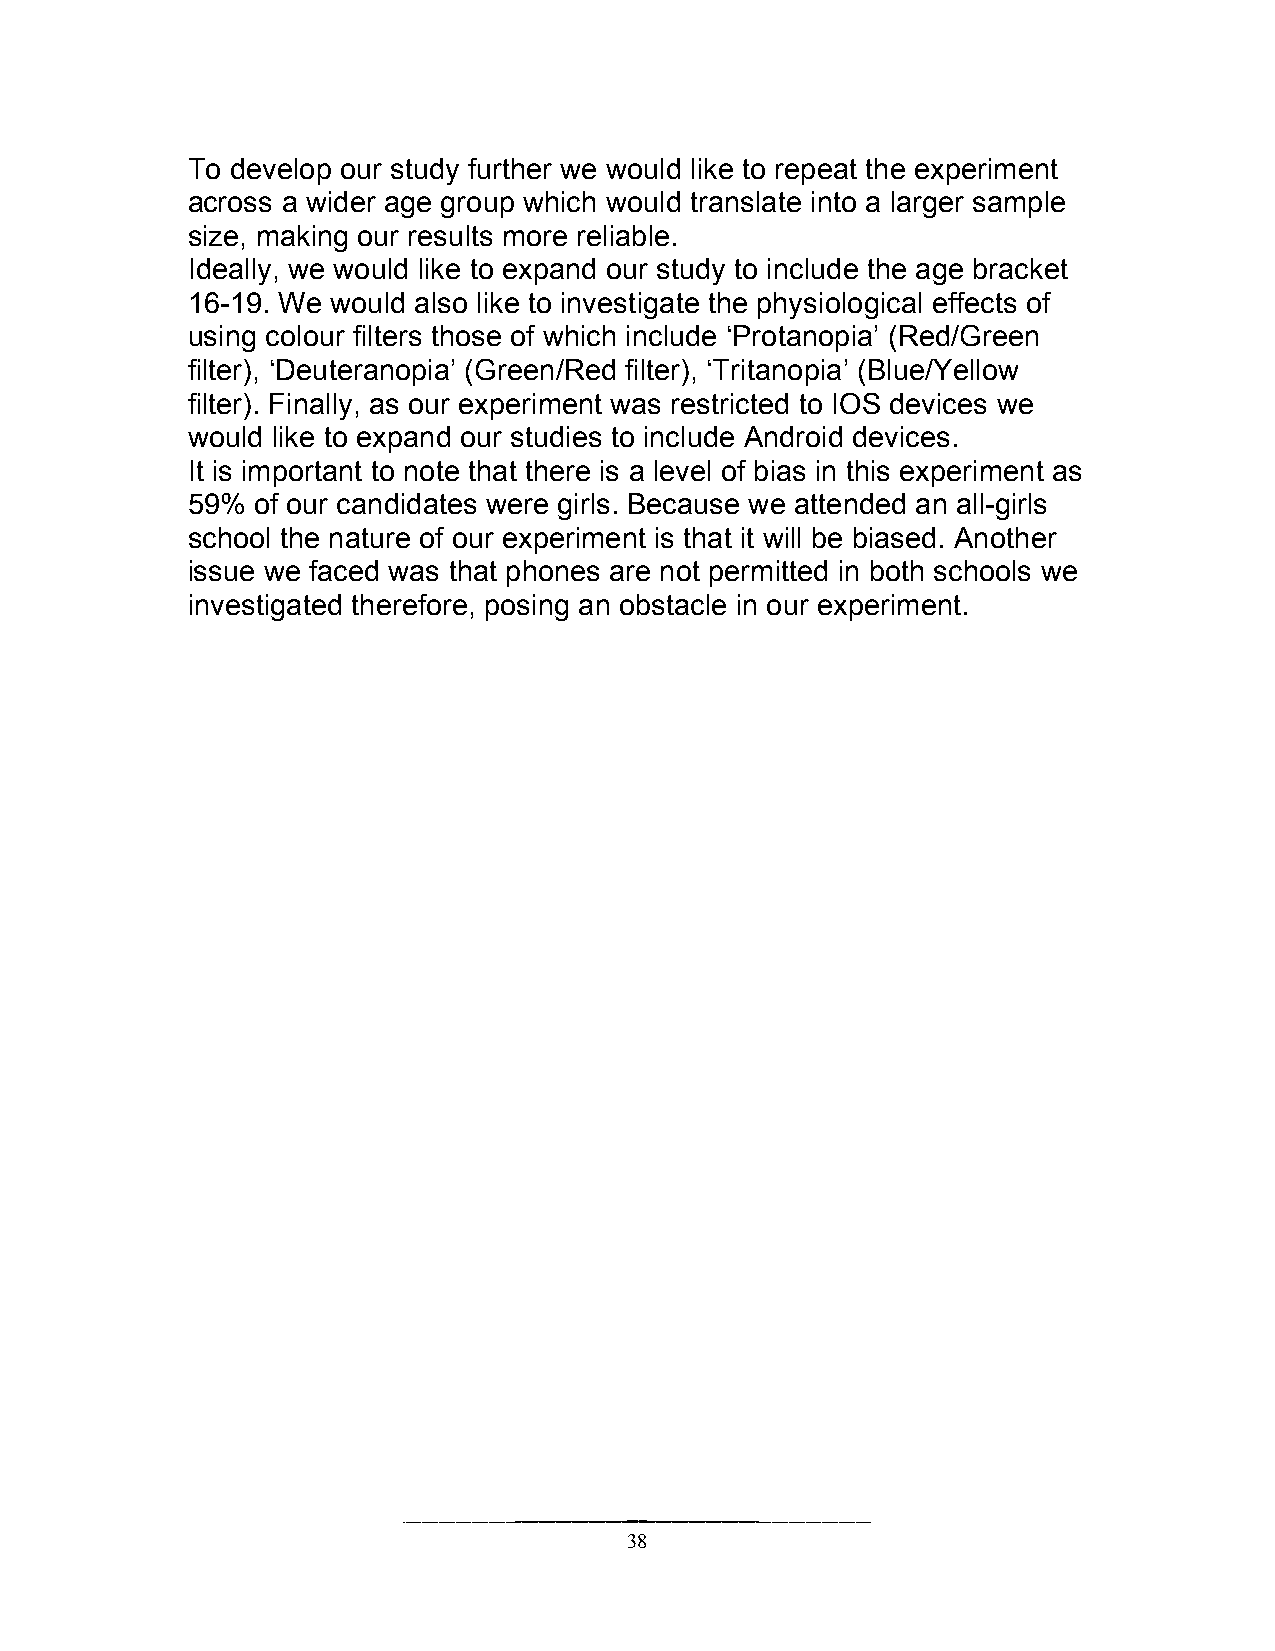
To develop our study further we would like to repeat the experiment
 across a wider age group which would translate into a larger sample
 size, making our results more reliable.
 Ideally, we would like to expand our study to include the age bracket
 16-19. We would also like to investigate the physiological effects of
 using colour filters those of which include ‘Protanopia’ (Red/Green
 filter), ‘Deuteranopia’ (Green/Red filter), ‘Tritanopia’ (Blue/Yellow
 filter). Finally, as our experiment was restricted to IOS devices we
 would like to expand our studies to include Android devices.
 It is important to note that there is a level of bias in this experiment as
 59%  of our candidates were girls. Because we attended an all-girls
 school the nature of our experiment is that it will be biased. Another
 issue we faced was that phones are not permitted in both schools we
 investigated therefore, posing an obstacle in our experiment.
 38